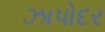
ઝાપોદર